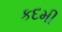
કદમી